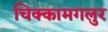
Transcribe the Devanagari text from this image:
चिक्कामगलुर